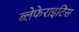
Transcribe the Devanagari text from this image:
ब्लेफेराइटिस